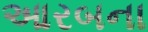
આરબના